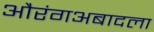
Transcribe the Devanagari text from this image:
औरंगअबादला